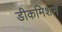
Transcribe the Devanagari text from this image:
डीकमिशन